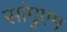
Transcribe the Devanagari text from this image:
सांगुएम